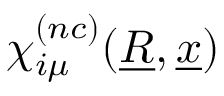
\chi _ { i \mu } ^ { ( n c ) } ( \underline { { R } } , \underline { { x } } )